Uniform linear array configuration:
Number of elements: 64
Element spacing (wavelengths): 0.25
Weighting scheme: hamming
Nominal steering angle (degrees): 60
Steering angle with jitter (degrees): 58.62
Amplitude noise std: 0.05
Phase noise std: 0.05

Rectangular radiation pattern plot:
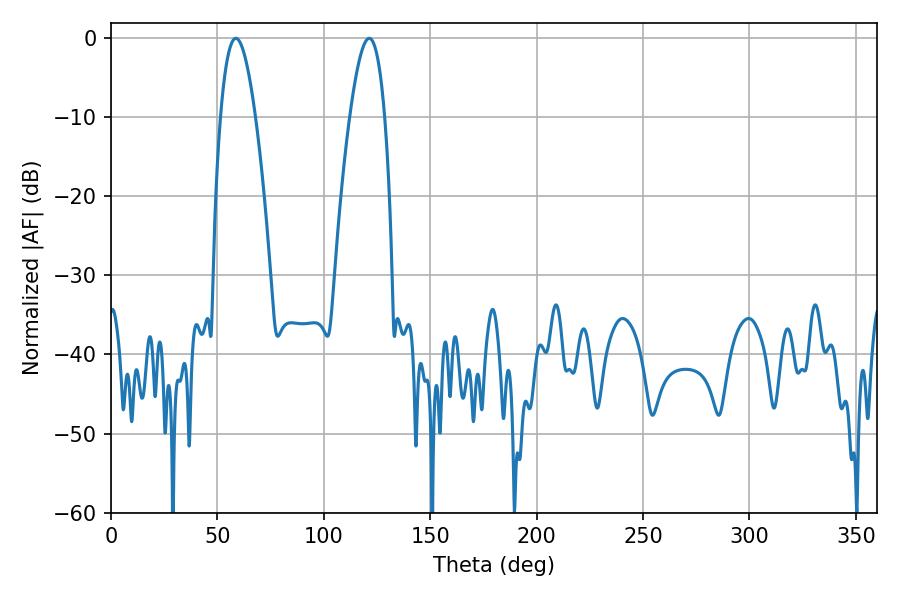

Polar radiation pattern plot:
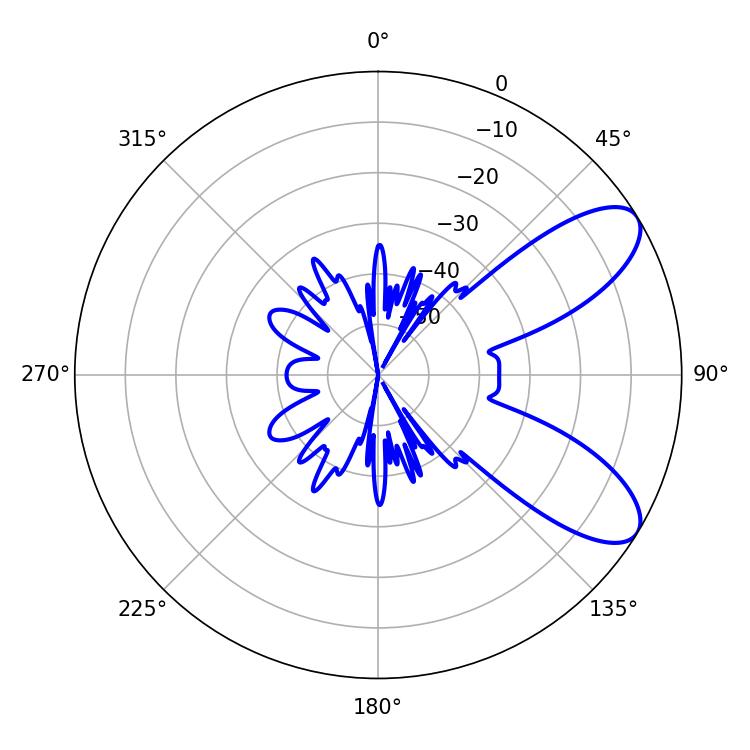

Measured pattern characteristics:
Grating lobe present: FALSE
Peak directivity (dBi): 8.388
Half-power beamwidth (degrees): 9
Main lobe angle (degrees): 58.68